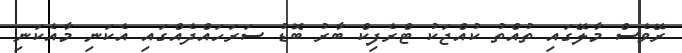
ރޭވެސް މާލޭގައި ތުއްތު ކުއްޖަކު ޓްރެފިކް ބާރު ބޮޑު ސަރަހައްދެއްގައި އެކަނި މާއެކަނި